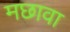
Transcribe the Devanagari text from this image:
मछावा